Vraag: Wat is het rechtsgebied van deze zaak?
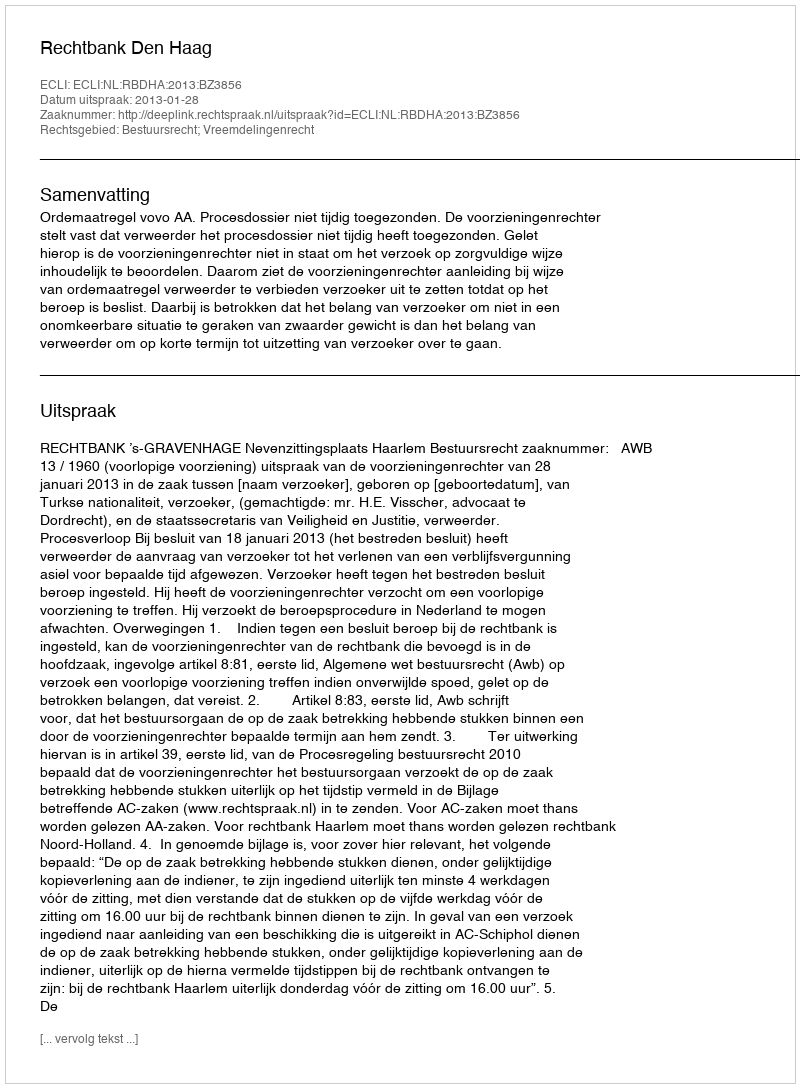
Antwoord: Bestuursrecht; Vreemdelingenrecht